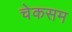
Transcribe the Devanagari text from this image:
चेकसम